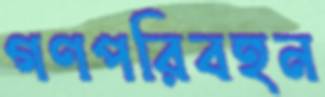
গণপরিবহন